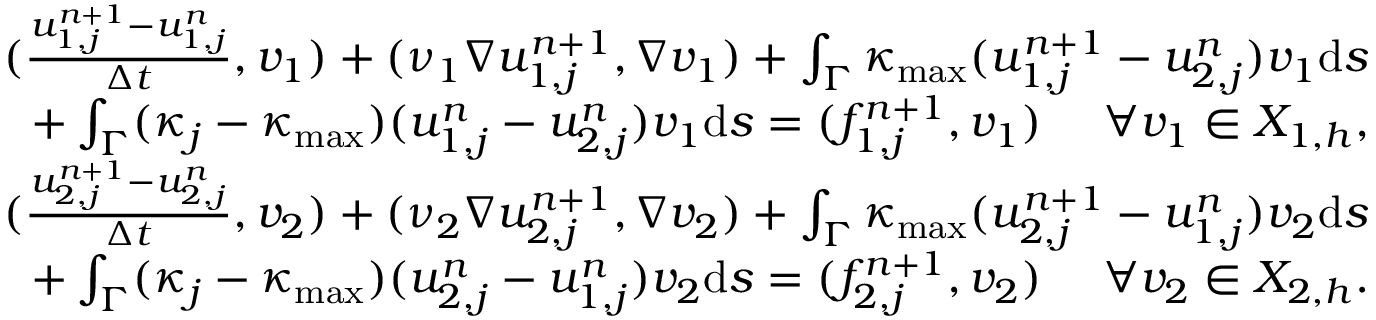
\begin{array} { r } { ( \frac { u _ { 1 , j } ^ { n + 1 } - u _ { 1 , j } ^ { n } } { \Delta t } , v _ { 1 } ) + ( \nu _ { 1 } \nabla u _ { 1 , j } ^ { n + 1 } , \nabla v _ { 1 } ) + \int _ { \Gamma } { \kappa _ { \operatorname* { m a x } } } ( u _ { 1 , j } ^ { n + 1 } - u _ { 2 , j } ^ { n } ) v _ { 1 } \mathrm { d } s } \\ { + \int _ { \Gamma } ( \kappa _ { j } - { \kappa _ { \operatorname* { m a x } } } ) ( u _ { 1 , j } ^ { n } - u _ { 2 , j } ^ { n } ) v _ { 1 } \mathrm { d } s = ( f _ { 1 , j } ^ { n + 1 } , v _ { 1 } ) \ \ \ \ \forall v _ { 1 } \in X _ { 1 , h } , } \\ { ( \frac { u _ { 2 , j } ^ { n + 1 } - u _ { 2 , j } ^ { n } } { \Delta t } , v _ { 2 } ) + ( \nu _ { 2 } \nabla u _ { 2 , j } ^ { n + 1 } , \nabla v _ { 2 } ) + \int _ { \Gamma } { \kappa _ { \operatorname* { m a x } } } ( u _ { 2 , j } ^ { n + 1 } - u _ { 1 , j } ^ { n } ) v _ { 2 } \mathrm { d } s } \\ { + \int _ { \Gamma } ( \kappa _ { j } - { \kappa _ { \operatorname* { m a x } } } ) ( u _ { 2 , j } ^ { n } - u _ { 1 , j } ^ { n } ) v _ { 2 } \mathrm { d } s = ( f _ { 2 , j } ^ { n + 1 } , v _ { 2 } ) \ \ \ \ \forall v _ { 2 } \in X _ { 2 , h } . } \end{array}